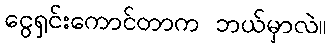
ငွေရှင်းကောင်တာက ဘယ်မှာလဲ။